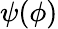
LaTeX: \psi(\phi)